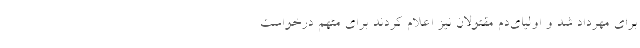
برای مهرداد شد و اولیای‌دم مقتولان نیز اعلام کردند برای متهم درخواست